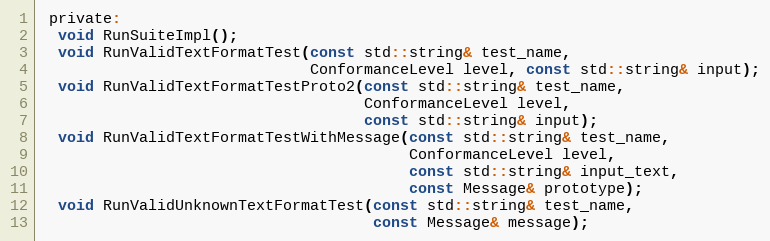
Language: C
 private:
  void RunSuiteImpl();
  void RunValidTextFormatTest(const std::string& test_name,
                              ConformanceLevel level, const std::string& input);
  void RunValidTextFormatTestProto2(const std::string& test_name,
                                    ConformanceLevel level,
                                    const std::string& input);
  void RunValidTextFormatTestWithMessage(const std::string& test_name,
                                         ConformanceLevel level,
                                         const std::string& input_text,
                                         const Message& prototype);
  void RunValidUnknownTextFormatTest(const std::string& test_name,
                                     const Message& message);